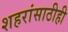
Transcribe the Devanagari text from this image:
शहरांसाठीही